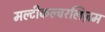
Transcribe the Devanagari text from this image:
मल्टीकल्चरलिज़म